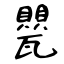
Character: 甖